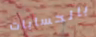
بالحسابات